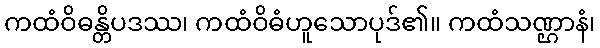
ကထံဝိဓန္တိပဒဿ၊ ကထံဝိဓံဟူသောပုဒ်၏။ ကထံသဏ္ဌာနံ၊